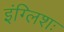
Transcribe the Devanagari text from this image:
इंग्लिशः